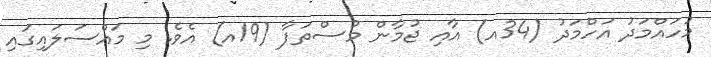
މުހައްމަދު އަހްމަދު (34އ) އާއި ޖުމާން މުސްތަފާ (19އ) އެވެ. މި މައްސަލައިގައި